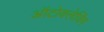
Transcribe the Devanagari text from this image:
ऑटोक्लेविंग